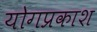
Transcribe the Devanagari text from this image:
योगप्रकाश